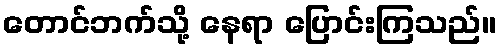
တောင်ဘက်သို့ နေရာ ပြောင်းကြသည်။